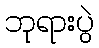
ဘုရားပွဲ